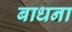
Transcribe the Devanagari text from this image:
बाधना